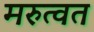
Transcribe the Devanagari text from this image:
मरुत्वत